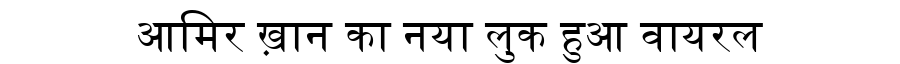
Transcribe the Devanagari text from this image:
आमिर ख़ान का नया लुक हुआ वायरल